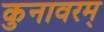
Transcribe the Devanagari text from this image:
कुनावरम्